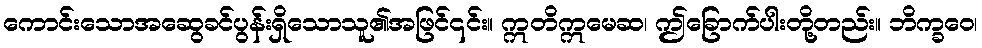
ကောင်းသောအဆွေခင်ပွန်းရှိသောသူ၏အဖြင်၎င်း။ ဣတိဣမေဆ၊ ဤခြောက်ပါးတို့တည်း။ ဘိက္ခဝေ၊